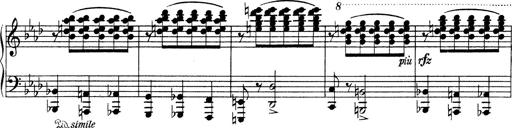
Title: Variationen Ã¼ber das Motiv von Bach
Composer: Franz Liszt